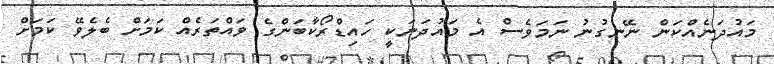
މައުދަނެއްކަން ނޭނގުނު ނަމަވެސް އެ މައުދަނަކީ ހައިޑްރޯކާބަންގެ ވައްތަރެއް ކަމަށް ބެލެވޭ ކަމަށް